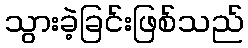
သွားခဲ့ခြင်းဖြစ်သည်